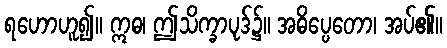
ရဟောဟူ၍။ ဣဓ၊ ဤသိက္ခာပုဒ်၌။ အဓိပ္ပေတော၊ အပ်၏။